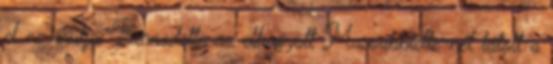
el ne árulja: Bernadette az elhagyott Massabbielle-nél látott a